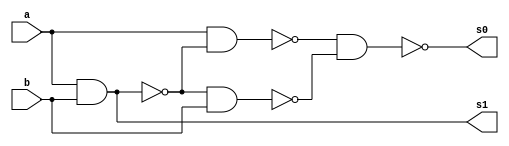
//Nome: Gabriel Benjamim de Carvalho
//Matrcula: 396690


module meiasoma (s0, s1, a, b);
 output s0, s1;
 input  a, b;
 wire s2,s3,s4,s5;
 
 nand nandgate1 (s2, a, b);
 nand nandgate2 (s1, s2, s2);
 nand nandgate3 (s3, a, b);
 nand nandgate4 (s4, a, s3);
 nand nandgate5 (s5, s3, b);
 nand nandgate6 (s0, s4, s5);

endmodule 


module testemeiasoma;
 reg   a, b;             
 wire  s0, s1;
          
 meiasoma MEIASOMA1 (s0, s1, a, b);

 initial begin:start
      a=0; b=0;
 end

          
 initial begin:main
      $display("Nome: Gabriel Benjamim de Carvalho - 396690");
      $display("Meia Soma com portas NAND.");
      $display("\n a & b = s0 s1\n");
      $monitor(" %b & %b = %b %b", a, b, s0, s1);
  #1  a=0; b=1; 
  #1  a=1; b=0; 
  #1  a=1; b=1; 
  
 end

endmodule